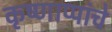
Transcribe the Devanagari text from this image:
कृष्णाप्पांचे